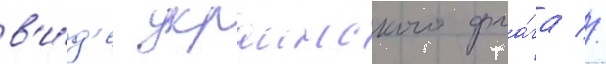
в'и́д'е украинского фла́га //